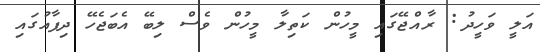
އަލީ ވަހީދު: ރާއްޖޭގައި މީހުން ކަތިލާ މީހުން ވެސް ލިބޭ އެބަޖެހޭ ދިފާއުގައި